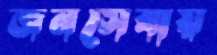
জনসেবায়